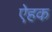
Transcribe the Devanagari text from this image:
ऐहक